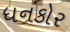
ધનકોર